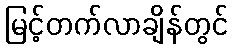
မြင့်တက်လာချိန်တွင်